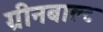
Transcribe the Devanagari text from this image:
ग्रीनबाल्ट